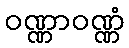
ဝဏ္ဏာဝဏ္ဏံ